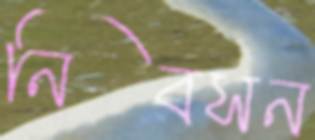
নিবসন